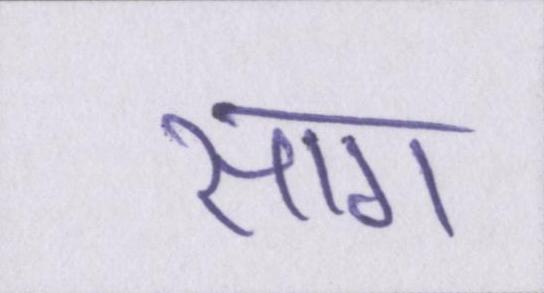
साग